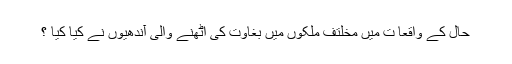
حال کے واقعا ت میں مخلتف ملکوں میں بغاوت کی اٹھنے والی آندھیوں نے کیا کیا ؟